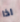
اذا